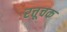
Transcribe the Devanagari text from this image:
रत्तूचक